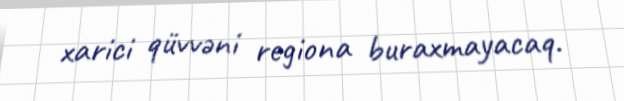
xarici qüvvəni regiona buraxmayacaq.